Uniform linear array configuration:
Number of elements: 24
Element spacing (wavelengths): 0.25
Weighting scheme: cosine
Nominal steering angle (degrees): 60
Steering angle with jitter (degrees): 59.936
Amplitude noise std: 0.05
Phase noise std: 0.05

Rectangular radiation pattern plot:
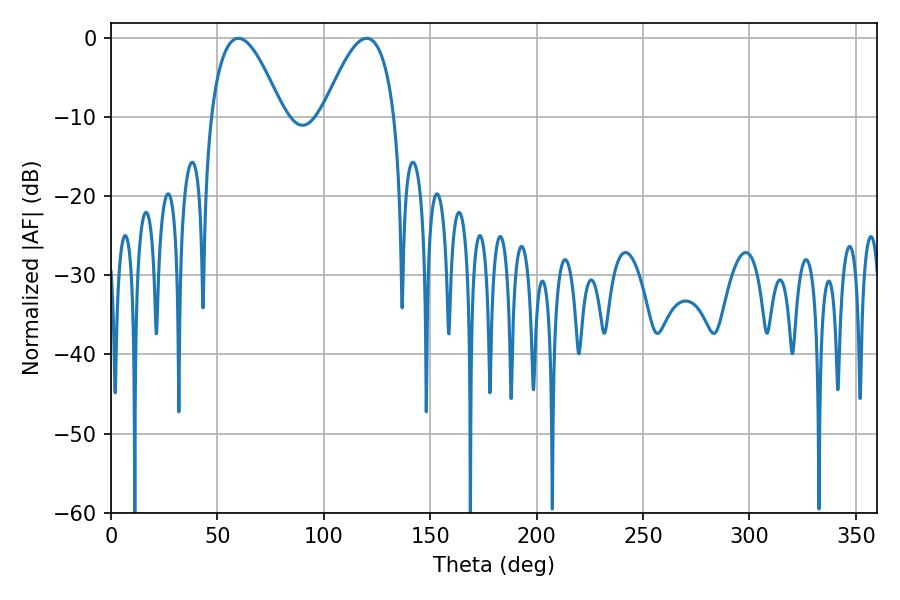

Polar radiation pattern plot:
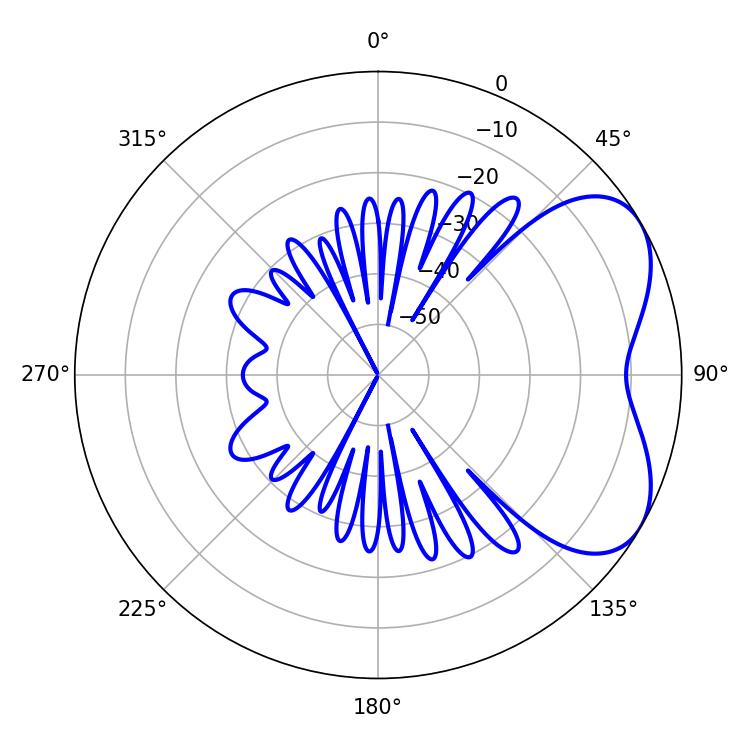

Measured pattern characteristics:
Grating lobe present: FALSE
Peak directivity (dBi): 5.025
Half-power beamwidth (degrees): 18.36
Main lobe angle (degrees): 59.94